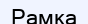
Рамка